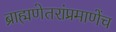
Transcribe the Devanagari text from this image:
ब्राह्मणेतरांप्रमाणेंच